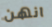
انهن